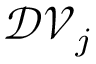
\mathcal { D V } _ { j }